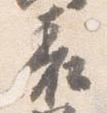
表